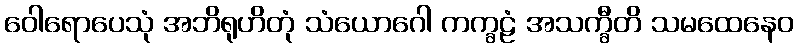
ဝေါရောပေသုံ အဘိရုဟိတုံ သံယောဂေါ ကက္ခဠံ အသက္ခီတိ သမထေနေဝ